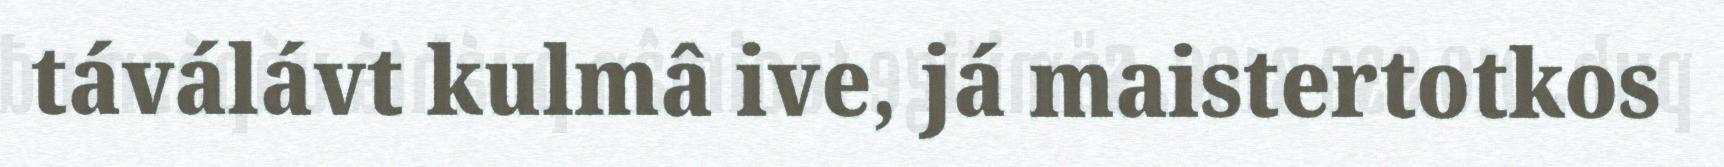
táválávt kulmâ ive, já maistertotkos